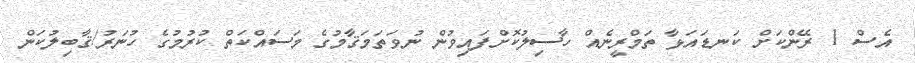
އެސް 1 ރޭންކަށް ކަނޑައަޅާ ތަމްރީނެއް ހާސިލުކޮށްފައިވުން ނުވަތަމަޤާމުގެ މަސައްކަތް ކުރުމުގެ ހުނަރު/ޤާބިލުކަން